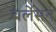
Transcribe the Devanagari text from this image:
बर्लेसन